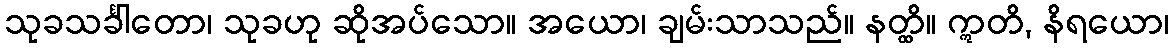
သုခသင်္ခါတော၊ သုခဟု ဆိုအပ်သော။ အယော၊ ချမ်းသာသည်။ နတ္ထိ။ ဣတိ, နိရယော၊